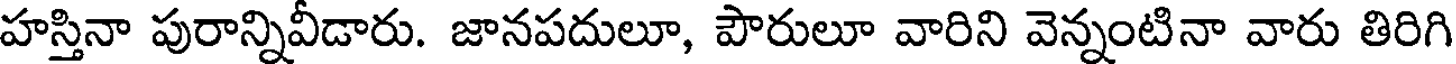
హస్తినా పురాన్నివీడారు. జానపదులూ, పౌరులూ వారిని వెన్నంటినా వారు తిరిగి